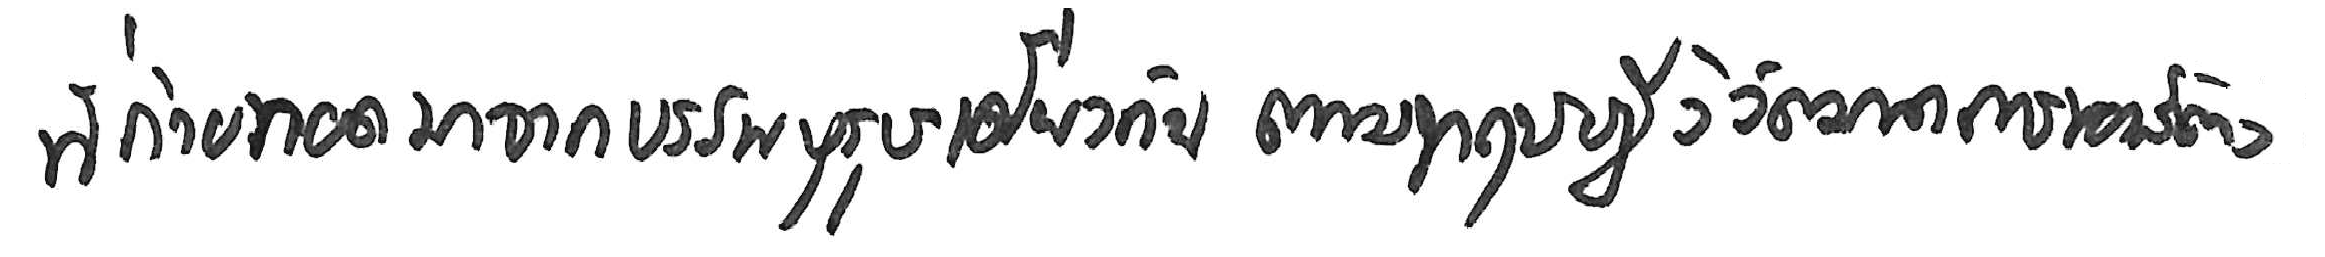
ที่ถ่ายทอดมาจากบรรพบุรุษเดียวกัน ตามทฤษฎีวิวัฒนาการของสัตว์